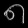
Digit: ၈